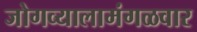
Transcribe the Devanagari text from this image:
जोगव्यालामंगळवार